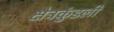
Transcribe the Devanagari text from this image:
क्षेत्रकुंडली